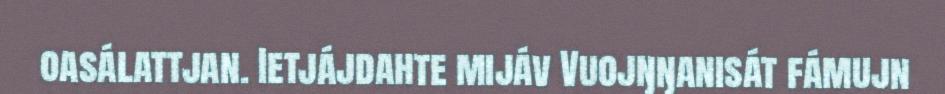
oasálattjan. Ietjájdahte mijáv Vuojŋŋanisát fámujn